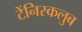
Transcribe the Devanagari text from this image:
टेंनिस्कलुब